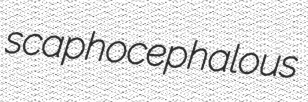
scaphocephalous